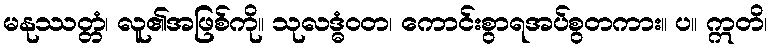
မနုဿတ္တံ၊ လူ၏အဖြစ်ကို။ သုလဒ္ဓံဝတ၊ ကောင်းစွာရအပ်စွတကား။ ပ။ ဣတိ၊